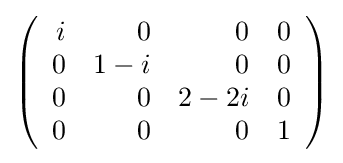
{\textstyle \left({\begin{array}{rrrr}i&0&0&0\\0&1-i&0&0\\0&0&2-2i&0\\0&0&0&1\\\end{array}}\right)}